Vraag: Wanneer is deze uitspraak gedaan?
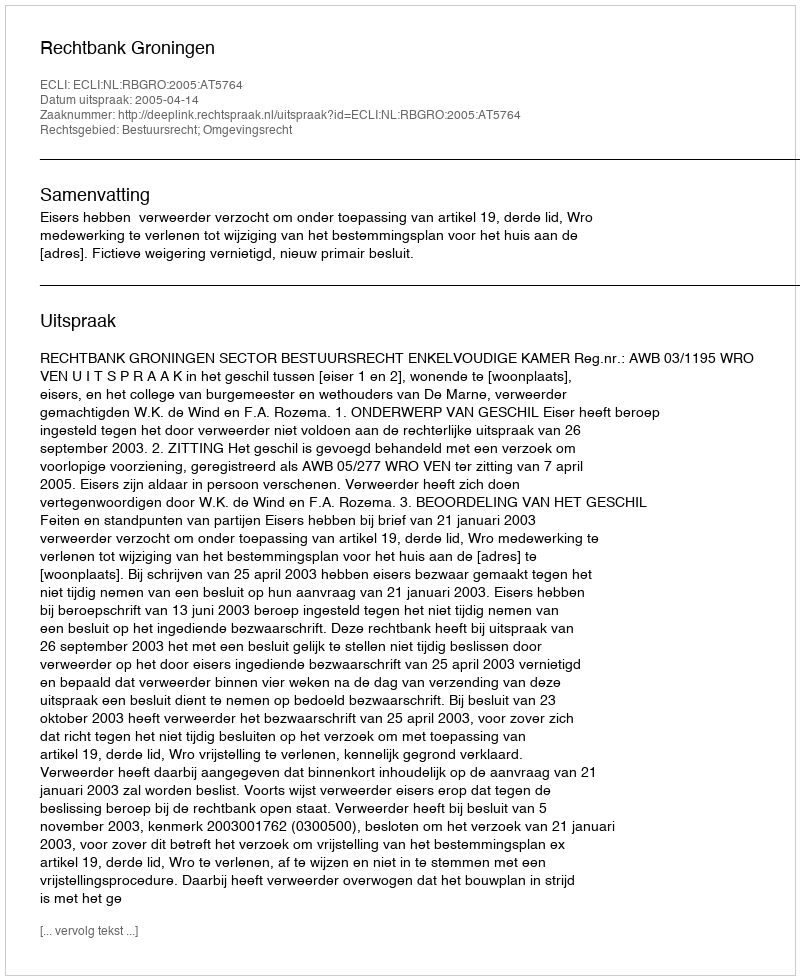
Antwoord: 2005-04-14